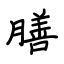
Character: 膳